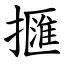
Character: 擓